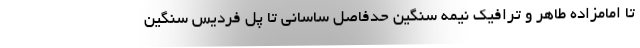
تا امامزاده طاهر و ترافیک نیمه سنگین حدفاصل ساسانی تا پل فردیس سنگین